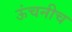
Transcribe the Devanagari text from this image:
ऊंचनीच